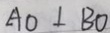
A O \bot B O